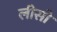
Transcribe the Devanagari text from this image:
लीसो